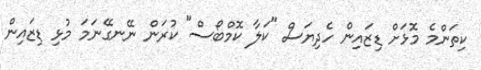
ކިތަންމެ މޮޅަށް ޑިޒައިން ހެދިޔަސް "ކަލާ ކޮމްބޯސް" ކުރަން ނޭނގޭނަމަ މުޅި ޑިޒައިން